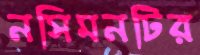
নসিমনটির